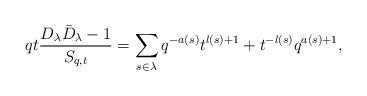
LaTeX: \begin{align*}qt\frac{D_\lambda \bar D_\lambda-1}{S_{q,t}} = \sum_{s\in \lambda} q^{-a(s)} t^{l(s)+1} + t^{-l(s)} q^{a(s)+1},\end{align*}